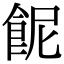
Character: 𩚯